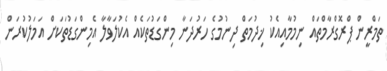
ތަމްރީން ޕްރޮގްރާމްތައް ނިމުމާއިއެކު ޚިދުމަތް ދިނުމުގެ ހަރުދަނާ މިންގަޑުތަކެއް އެކުލަވާލާ އެމިންގަޑުތަކަށް އަމަލުކުރަން